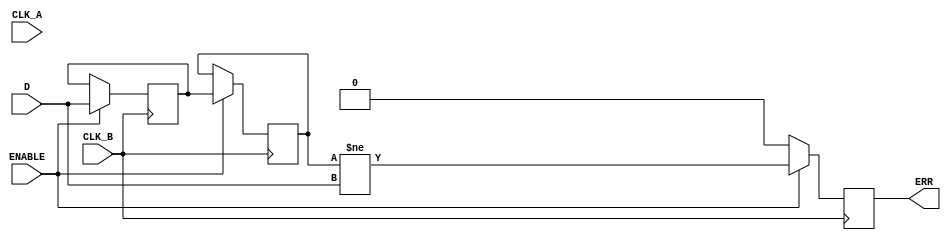
module cdc_detector(
    input wire D,              // Data signal
    input wire CLK_A,          // Source clock
    input wire CLK_B,          // Destination clock
    input wire ENABLE,         // Enable signal for CDC detector
    output reg ERR             // Error signal output
);

    // Synchronization registers
    reg D_sync_1;              // First stage of synchronization
    reg D_sync_2;              // Second stage of synchronization

    // Always block triggered by CLK_B for synchronization
    always @(posedge CLK_B) begin
        if (ENABLE) begin
            D_sync_1 <= D;  // Sample D on the rising edge of CLK_B
            D_sync_2 <= D_sync_1; // Sample D_sync_1 on the next rising edge
        end
    end

    // Error detection logic
    always @(posedge CLK_B) begin
        if (ENABLE) begin
            // Check if the synchronized output matches the original data signal D
            ERR <= (D_sync_2 != D);
        end else begin
            ERR <= 1'b0; // If not enabled, no error
        end
    end

endmodule